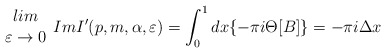
\begin{align*}\begin{array}{c}lim\\\varepsilon \rightarrow 0\end{array}ImI'(p,m,\alpha ,\varepsilon )=\int ^{1}_{0}dx\{-\pi i\Theta [B]\}=-\pi i\Delta x\end{align*}